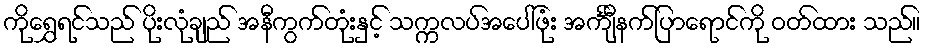
ကိုရွှေရင်သည် ပိုးလုံချည် အနီကွက်တုံးနှင့် သက္ကလပ်အပေါ်ဖုံး အင်္ကျီနက်ပြာရောင်ကို ဝတ်ထား သည်။